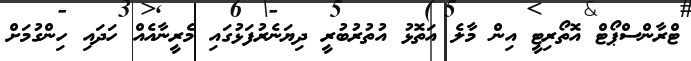
ޓްރާންސްޕޯޓް އޮތޯރިޓީ އިން މާލެ އަތޮޅު އުތުރުބުރީ ދިޔަނެރުފަޅުގައި މެރީނާއެއް ހަދައި ހިންގުމަށް